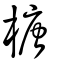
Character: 榶